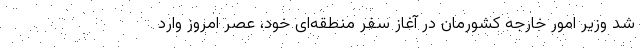
شد وزیر امور خارجه کشورمان در آغاز سفر منطقه‌ای خود، عصر امروز وارد